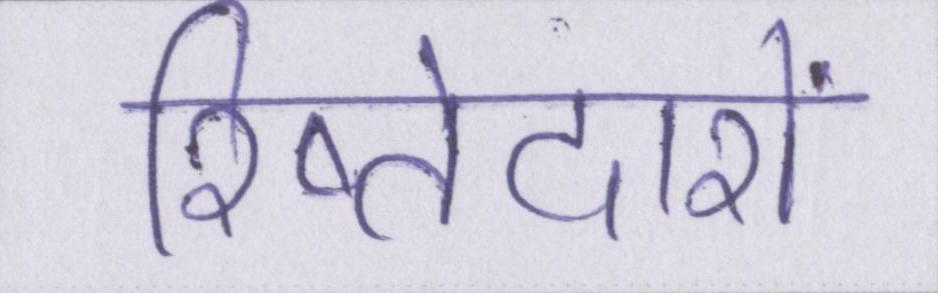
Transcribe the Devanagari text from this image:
रिष्तेदारों